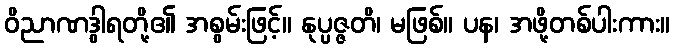
ဝိညာဏဒွါရတို့၏ အစွမ်းဖြင့်။ နုပ္ပဇ္ဇတိ၊ မဖြစ်။ ပန၊ အဖို့တစ်ပါးကား။